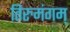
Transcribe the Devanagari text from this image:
तिरुमंगम्‌